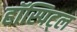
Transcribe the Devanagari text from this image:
हॉस्पिट्ल